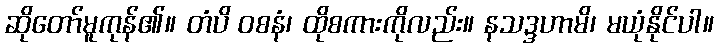
ဆိုတော်မူကုန်၏။ တံပိ ဝစနံ၊ ထိုစကားကိုလည်း။ နသဒ္ဒဟာမိ၊ မယုံနိုင်ပါ။